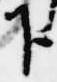
下